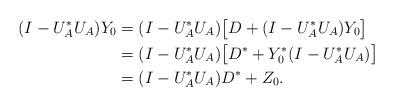
LaTeX: \begin{align*}(I-U_A^*U_A)Y_0&=(I-U_A^*U_A)\big[D+(I-U_A^*U_A)Y_0\big]\\&=(I-U_A^*U_A)\big[D^*+Y_0^*(I-U_A^*U_A)\big]\\&=(I-U_A^*U_A)D^*+Z_0.\end{align*}